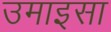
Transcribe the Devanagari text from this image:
उमाइसा